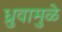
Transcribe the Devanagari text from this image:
ध्रुवामुळे